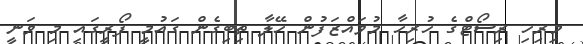
މިރިހި ރިސޯޓްގެ ހުރިހާ މުވައްޒަފުން ހޭލާ ތިބިގެން ގައުމީ ފޯރީގައި މި ވަނީ